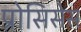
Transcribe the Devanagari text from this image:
प्रोसिसेस